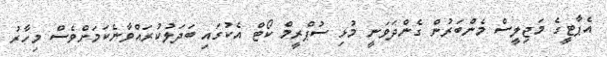
އެޕާޓީގެ މަޖިލީސް މެންބަރުން ގެންދަވަނީ މުޅި ސުޕްރީމް ކޯޓް އެކުގައި ބަދަލުކުރައްވާނެކަމަށްވެސް މިހާރު